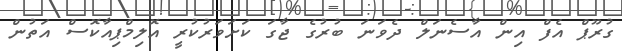
ގުރޫޕް އެފް އިން އާސެނަލް ދެވަނަ ބުރުގެ ޖާގަ ކަށަވަރުކުރީ އޮލިމްޕިއާކޮސް އަތުން